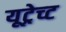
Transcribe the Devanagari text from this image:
यूट्रेच्ट